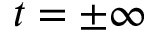
t = \pm \infty